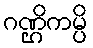
ဂဏ္ဌိကမ္ပိ